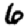
Digit: 6